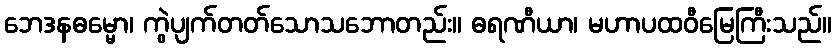
ဘေဒနဓမ္မော၊ ကွဲပျက်တတ်သောသဘောတည်း။ ဓရဏီယာ၊ မဟာပထဝီမြေကြီးသည်။